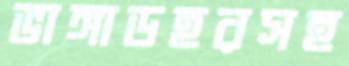
ভাঙ্গাডহরসহ